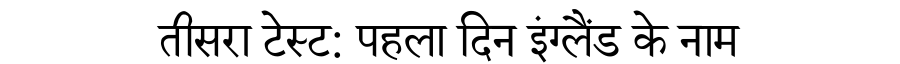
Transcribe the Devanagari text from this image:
तीसरा टेस्ट: पहला दिन इंग्लैंड के नाम